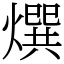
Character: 㷷